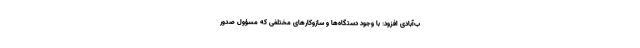
ب‌آبادی افزود: با وجود دستگاه‌ها و سازوکارهای مختلفی که مسؤول صدور